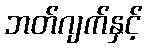
ဘတ်ဂျက်နှင့်